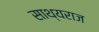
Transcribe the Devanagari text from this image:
साथ्यराज